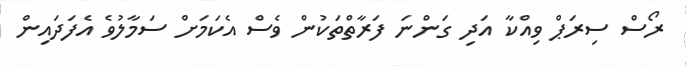
ރޯސް ސިރަޕް ވިއްކާ އަދި ގަންނަ ފަރާތްތަކުން ވެސް އެކަމަށް ސަމާލުވެ އެފަދައިން